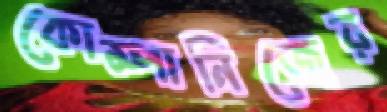
কোম্পানিজের